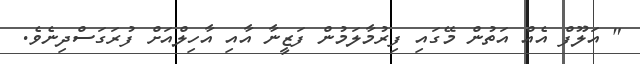
" އަލޫފް އެއް އަތުން މޭގައި ފިރުމާލަމުން ފަޒީނާ އާއި އާހިލްއަށް ފުރަގަސްދިނެވެ.